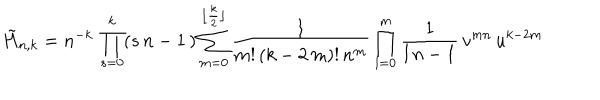
LaTeX: \tilde { H } _ { n , k } = n ^ { - k } \, \prod _ { s = 0 } ^ { k } ( s \, n - 1 \, ) \sum _ { m = 0 } ^ { \lfloor \frac { k } { 2 } \rfloor } \frac { 1 } { m ! \, ( k - 2 \, m ) ! \, n ^ { m } } \prod _ { l = 0 } ^ { m } { \frac { 1 } { l \, n - 1 } } \, v ^ { m n } \, u ^ { k - 2 m }